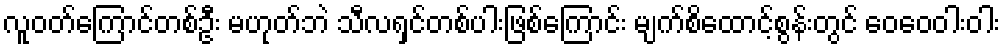
လူဝတ်ကြောင်တစ်ဦး မဟုတ်ဘဲ သီလရှင်တစ်ပါးဖြစ်ကြောင်း မျက်စိထောင့်စွန်းတွင် ဝေဝေဝါးဝါး